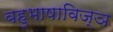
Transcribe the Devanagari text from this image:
बहुभाषाविज्ञ